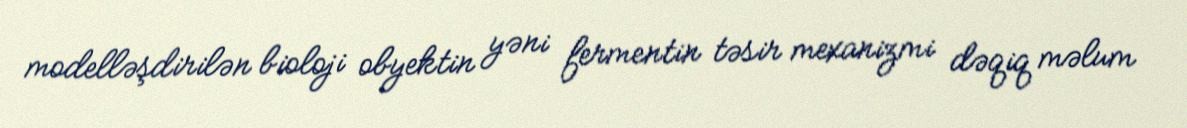
modelləşdirilən bioloji obyektin yəni fermentin təsir mexanizmi dəqiq məlum